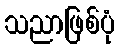
သညာဖြစ်ပုံ